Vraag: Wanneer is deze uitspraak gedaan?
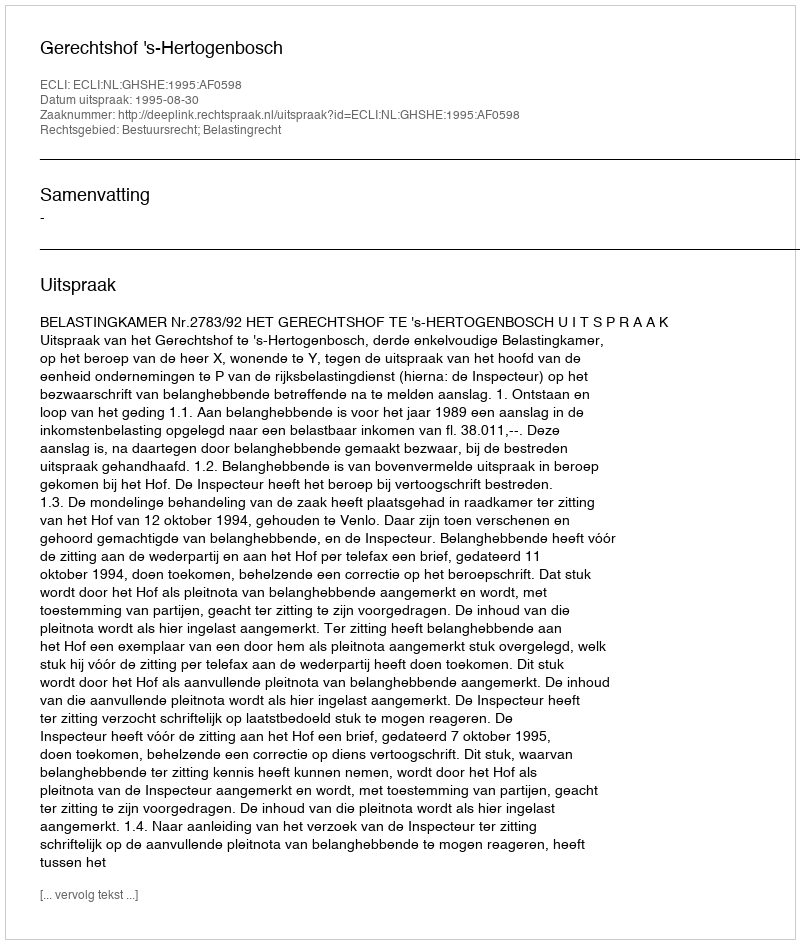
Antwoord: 1995-08-30